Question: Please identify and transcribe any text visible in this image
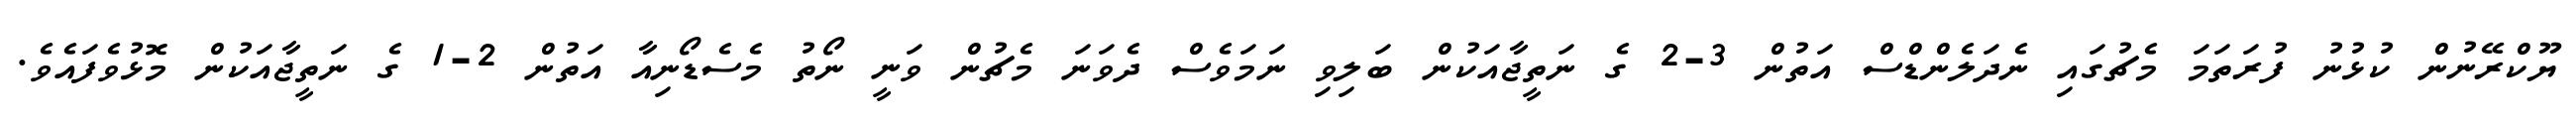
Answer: ޔޫކްރޭނުން ކުޅުނު ފުރަތަމަ މެޗުގައި ނެދަލެންޑްސް އަތުން 3-2 ގެ ނަތީޖާއަކުން ބަލިވި ނަމަވެސް ދެވަނަ މެޗުން ވަނީ ނޯތު މެސެޑޯނިއާ އަތުން 2-1 ގެ ނަތީޖާއަކުން މޮޅުވެފައެވެ.